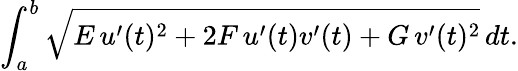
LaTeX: \int_{a}^{b}{\sqrt{E\, u^{\prime}(t)^{2}+2F\, u^{\prime}(t)v^{\prime}(t)+G\, v^{\prime}(t)^{2}}}\, dt.